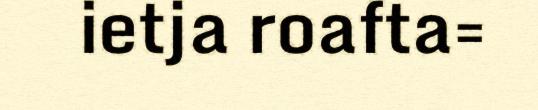
ietja roafta=